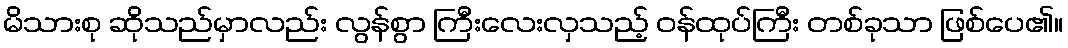
မိသားစု ဆိုသည်မှာလည်း လွန်စွာ ကြီးလေးလှသည့် ဝန်ထုပ်ကြီး တစ်ခုသာ ဖြစ်ပေ၏။